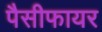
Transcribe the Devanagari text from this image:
पैसीफायर